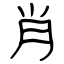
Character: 肖